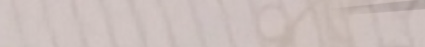
مسجد النور: ملاذ للسلام و